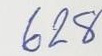
628